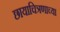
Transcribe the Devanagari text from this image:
छायाचित्रणाच्या